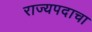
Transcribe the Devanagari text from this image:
राज्यपदाचा